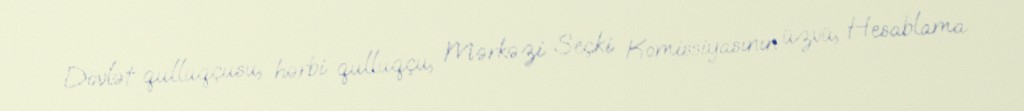
Dövlət qulluqçusu, hərbi qulluqçu, Mərkəzi Seçki Komissiyasının üzvü, Hesablama